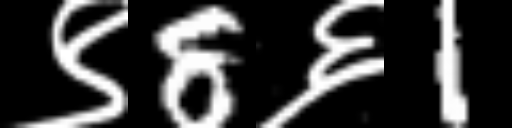
Text: ९8६1